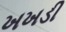
ખખડી